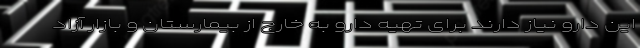
این دارو نیاز دارند برای تهیه دارو به خارج از بیمارستان و بازار آزاد